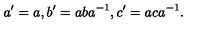
a ^ { \prime } = a , b ^ { \prime } = a b a ^ { - 1 } , c ^ { \prime } = a c a ^ { - 1 } .